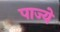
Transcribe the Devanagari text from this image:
पाज्ये